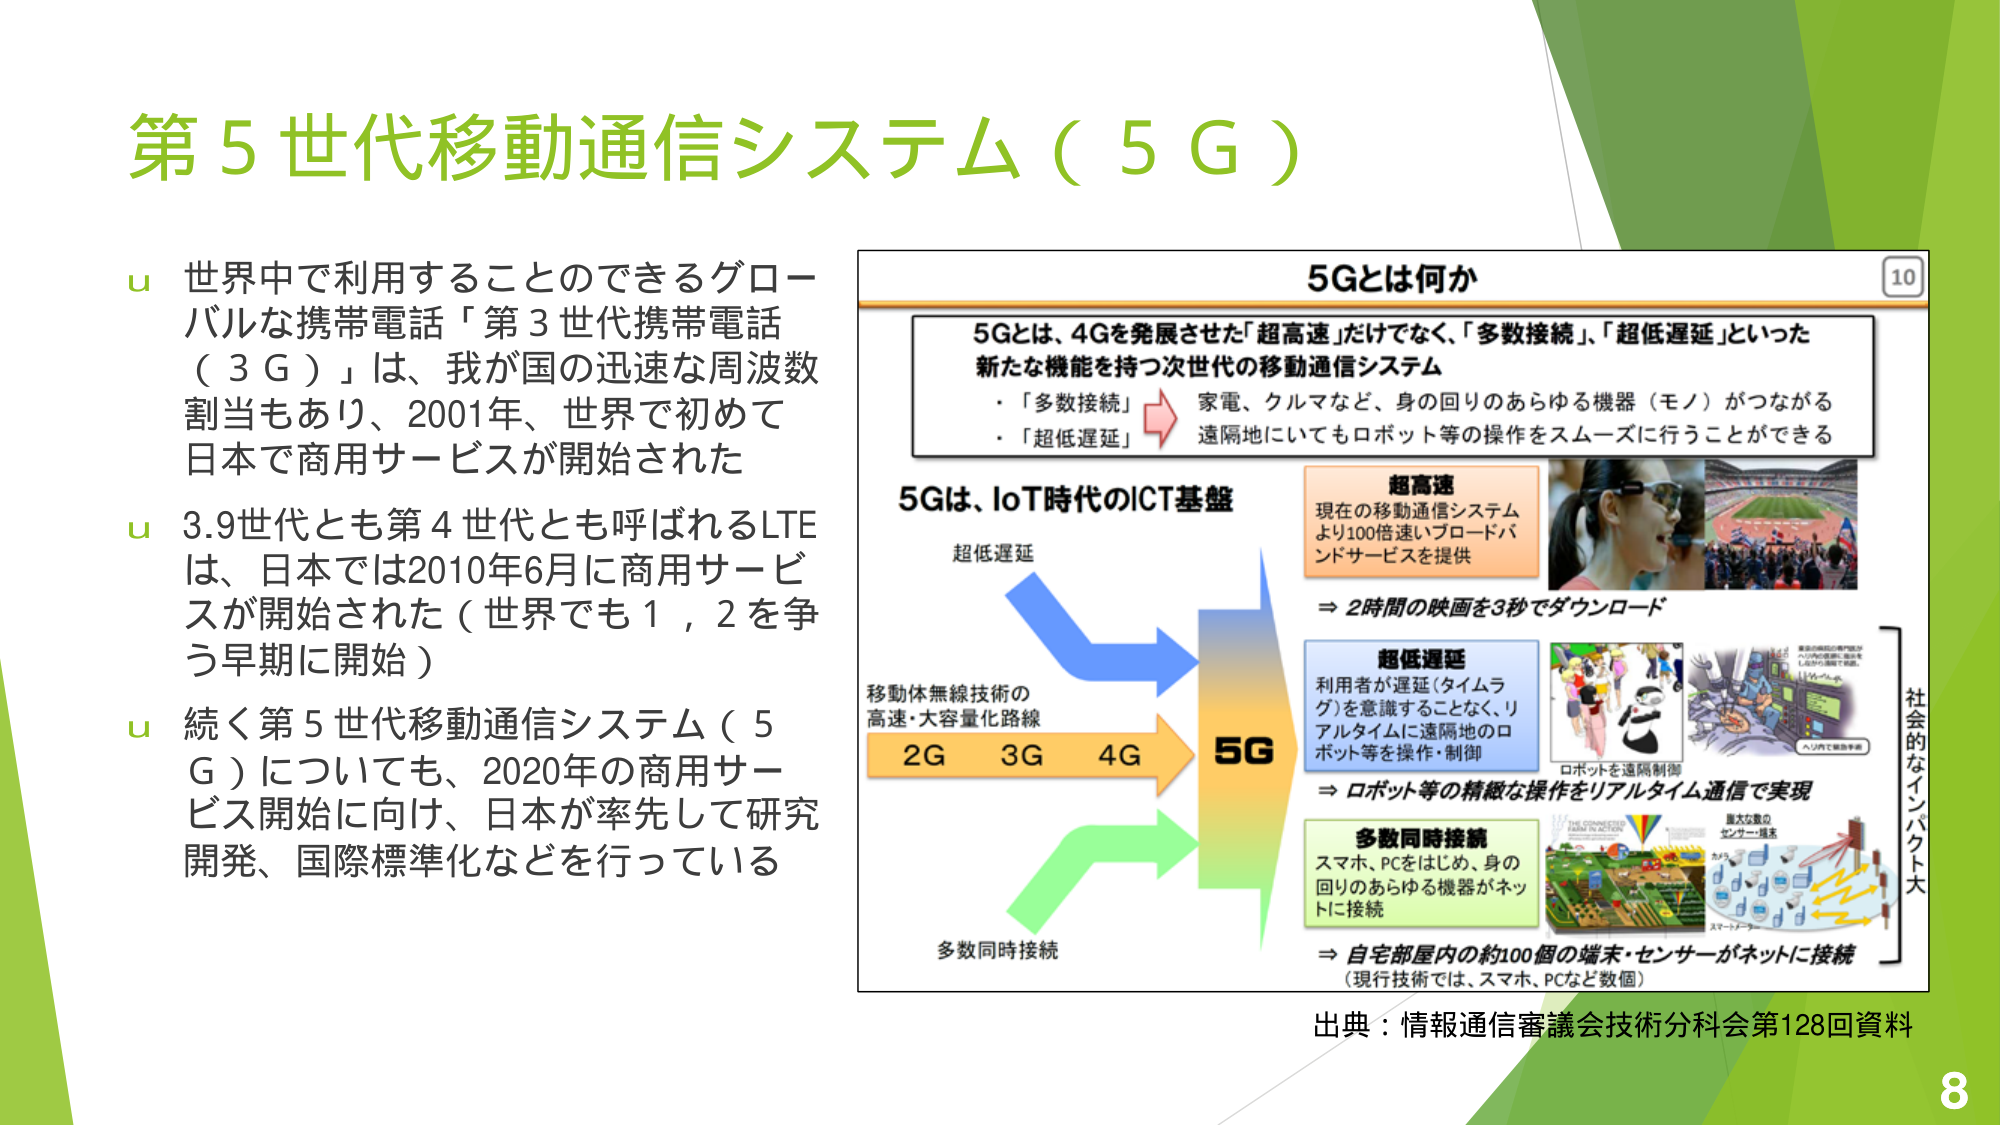
第５世代移動通信システム（５Ｇ）

ｕ 世界中で利用することのできるグローバルな携帯電話「第３世代携帯電話（３Ｇ）」は、我が国の迅速な周波数割当もあり、2001年、世界で初めて日本で商用サービスが開始された

ｕ 3.9世代とも第４世代とも呼ばれるLTEは、日本では2010年6月に商用サービスが開始された（世界でも１，２を争う早期に開始）

ｕ 続く第５世代移動通信システム（５Ｇ）についても、2020年の商用サービス開始に向け、日本が率先して研究開発、国際標準化などを行っている

5Gとは何か

5Gとは、4Gを発展させた「超高速」だけでなく、「多数接続」、「超低遅延」といった新たな機能を持つ次世代の移動通信システム
・「多数接続」　家電、クルマなど、身の回りのあらゆる機器（モノ）がつながる
・「超低遅延」　遠隔地にいてもロボット等の操作をスムーズに行うことができる

5Gは、IoT時代のICT基盤

超高速
現在の移動通信システムより100倍速いブロードバンドサービスを提供
⇒ 2時間の映画を3秒でダウンロード

超低遅延
利用者が遅延（タイムラグ）を意識することなく、リアルタイムに遠隔地のロボット等を操作・制御
⇒ ロボット等の精細な操作をリアルタイム通信で実現

多数同時接続
スマホ、PCをはじめ、身の回りのあらゆる機器がネットに接続
⇒ 自宅部屋内の約100個の端末・センサーがネットに接続
（現行技術では、スマホ、PCなど数個）

移動体無線技術の高速・大容量化路線
2G　3G　4G　5G

多数同時接続

社会的なインパクト大

出典：情報通信審議会技術分科会第128回資料

10

8